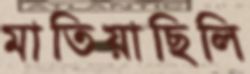
মাতিয়াছিলি